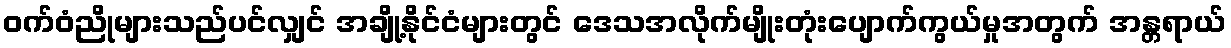
ဝက်ဝံညိုများသည်ပင်လျှင် အချို့နိုင်ငံများတွင် ဒေသအလိုက်မျိုးတုံးပျောက်ကွယ်မှုအတွက် အန္တရာယ်